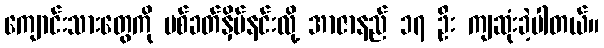
ကျောင်းသားတွေကို ပစ်ခတ်နှိမ်နင်းလို့ အာဇာနည် ၁၇ ဦး ကျဆုံးခဲ့ပါတယ်။